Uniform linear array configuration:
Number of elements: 24
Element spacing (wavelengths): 0.5
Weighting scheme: blackman
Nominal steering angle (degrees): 15
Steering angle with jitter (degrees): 15.758
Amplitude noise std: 0.05
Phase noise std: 0.05

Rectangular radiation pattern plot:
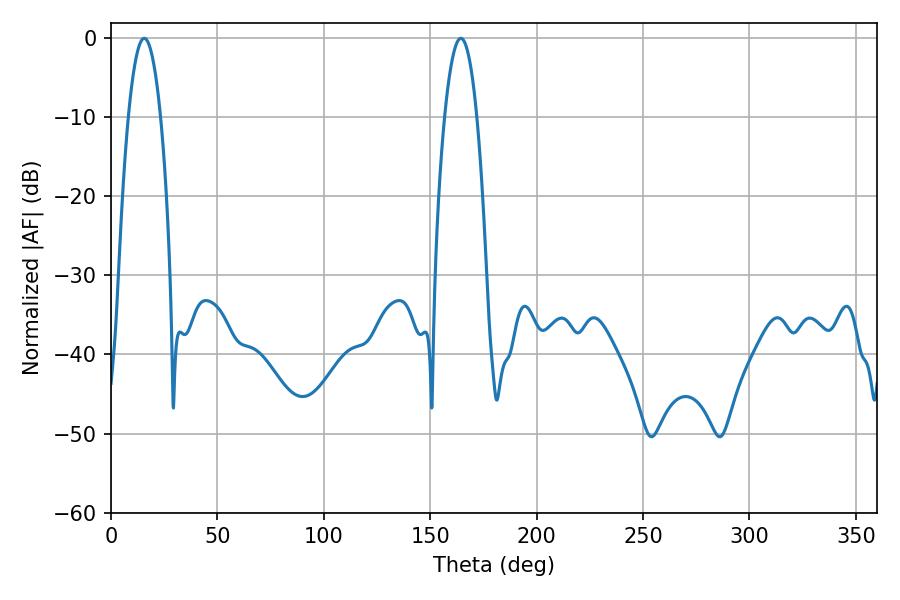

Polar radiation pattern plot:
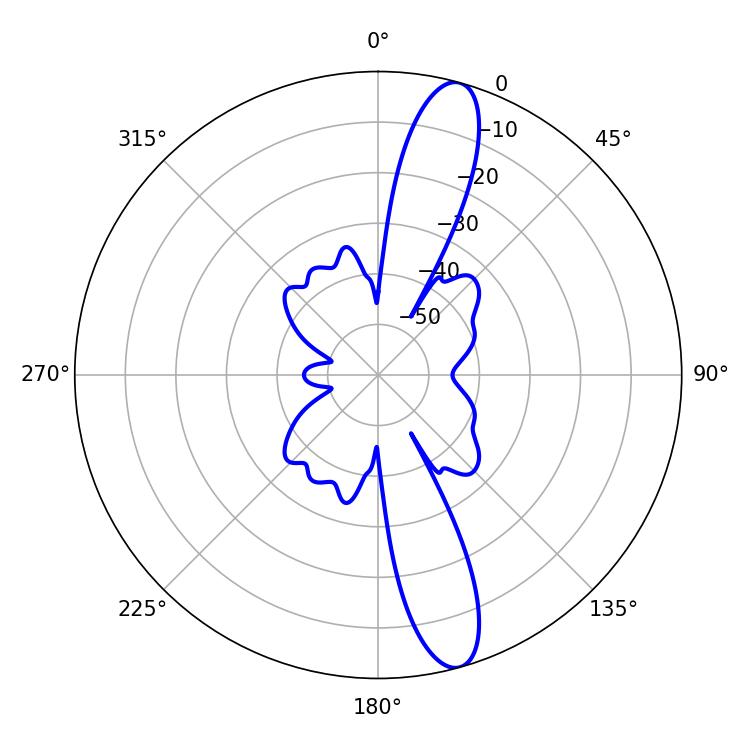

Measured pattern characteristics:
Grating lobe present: FALSE
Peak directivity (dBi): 13.745
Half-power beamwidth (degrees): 8.28
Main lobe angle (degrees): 15.66